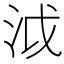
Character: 泧